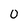
Character: 0